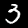
Label: 3